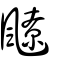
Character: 飉